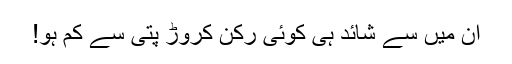
ان میں سے شائد ہی کوئی رکن کروڑ پتی سے کم ہو!